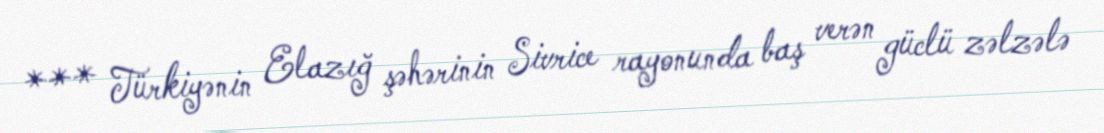
*** Türkiyənin Elazığ şəhərinin Sivrice rayonunda baş verən güclü zəlzələ